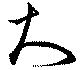
大